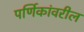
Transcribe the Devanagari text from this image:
पर्णिकांवरील